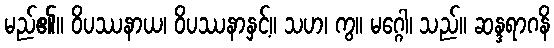
မည်၏။ ဝိပဿနာယ၊ ဝိပဿနာနှင့်။ သဟ၊ ကွ။ မဂ္ဂေါ၊ သည်။ ဆန္ဒရာဂနိ